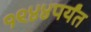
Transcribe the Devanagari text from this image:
१९४४पर्यंत